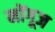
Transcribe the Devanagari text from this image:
मोंगूज